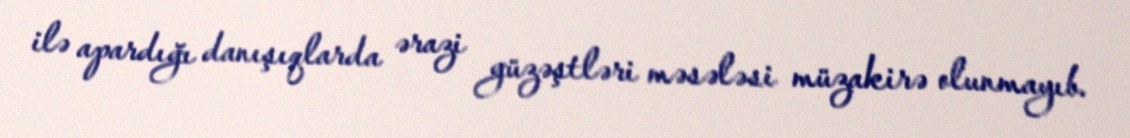
ilə apardığı danışıqlarda ərazi güzəştləri məsələsi müzakirə olunmayıb.